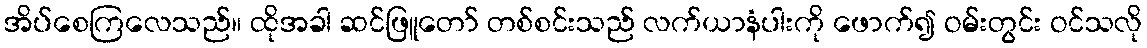
အိပ်စေကြလေသည်။ ထိုအခါ ဆင်ဖြူတော် တစ်စင်းသည် လက်ယာနံပါးကို ဖောက်၍ ဝမ်းတွင်း ဝင်သလို